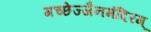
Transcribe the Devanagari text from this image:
गच्छेज्जैनमंदिरम्‌